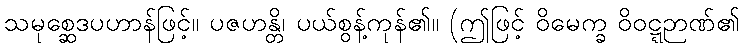
သမုစ္ဆေဒပဟာန်ဖြင့်။ ပဇဟန္တိ၊ ပယ်စွန့်ကုန်၏။ (ဤဖြင့် ဝိမေက္ခ ဝိဝဋ္ဋဉာဏ်၏